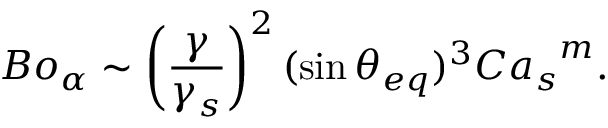
{ B o _ { \alpha } } \sim \left( \frac { \gamma } { \gamma _ { s } } \right) ^ { 2 } ( \sin { \theta _ { e q } } ) ^ { 3 } { C a _ { s } } ^ { m } .